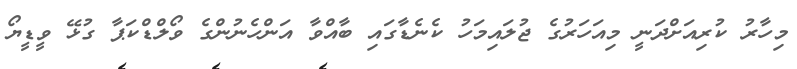
މިހާރު ކުރިއަށްދަނީ މިއަހަރުގެ ޖުލައިމަހު ކެނެޑާގައި ބާއްވާ އަންހެނުންގެ ވޯލްޑްކަޕާ ގުޅޭ ވީޑީޔޯ